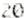
20